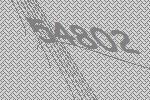
54802